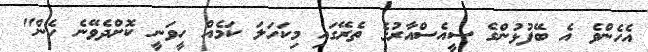
އެހެންވެ އެ ބޭފުޅުންގެ ސީއެސްއާރުގެ ތެރޭގައި މިކަހަލަ ކަމެއް ހީވަނީ ކޮށްދެވޭނެ ހެން"